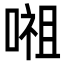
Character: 𭉷